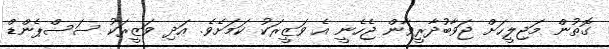
ގޮތުން މަޖިލީހަށް ޖަވާބުދާރީވާން ޖެހެނީ އެ ވަޒީރަކު ކަމަށެވެ. އަދި ވަޒީރަކު ސަސްޕެންޑް